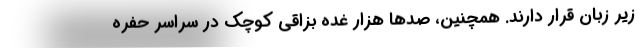
زیر زبان قرار دارند. همچنین، صدها هزار غده بزاقی کوچک در سراسر حفره